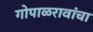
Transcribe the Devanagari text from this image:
गोपाळरावांचा